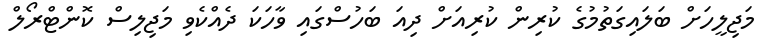
މަޖިލީހަށް ބަލައިގަތުމުގެ ކުރިން ކުރިއަށް ދިއަ ބަހުސްގައި ވާހަކަ ދެއްކެވި މަޖިލިސް ކޮންޓްރޯލް